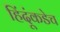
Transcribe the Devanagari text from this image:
हिंदूंकडेच